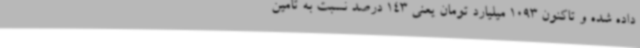
داده شده و تاکنون 1093 میلیارد تومان یعنی 143 درصد نسبت به تامین